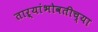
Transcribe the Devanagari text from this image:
ताऱ्यांभोवतीच्या